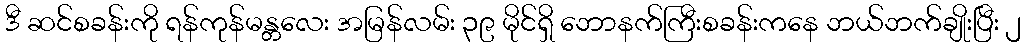
ဒီ ဆင်စခန်းကို ရန်ကုန်မန္တလေး အမြန်လမ်း ၃၉ မိုင်ရှိ ဘောနက်ကြီးစခန်းကနေ ဘယ်ဘက်ချိုးပြီး ၂